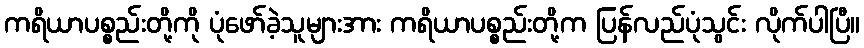
ကရိယာပစ္စည်းတို့ကို ပုံဖော်ခဲ့သူများအား ကရိယာပစ္စည်းတို့က ပြန်လည်ပုံသွင်း လိုက်ပါပြီ။